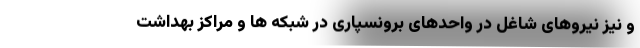
و نیز نیروهای شاغل در واحدهای برونسپاری در شبکه ها و مراکز بهداشت